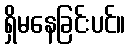
ရှိမနေခြင်းပင်။